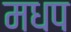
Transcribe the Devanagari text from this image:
मधप